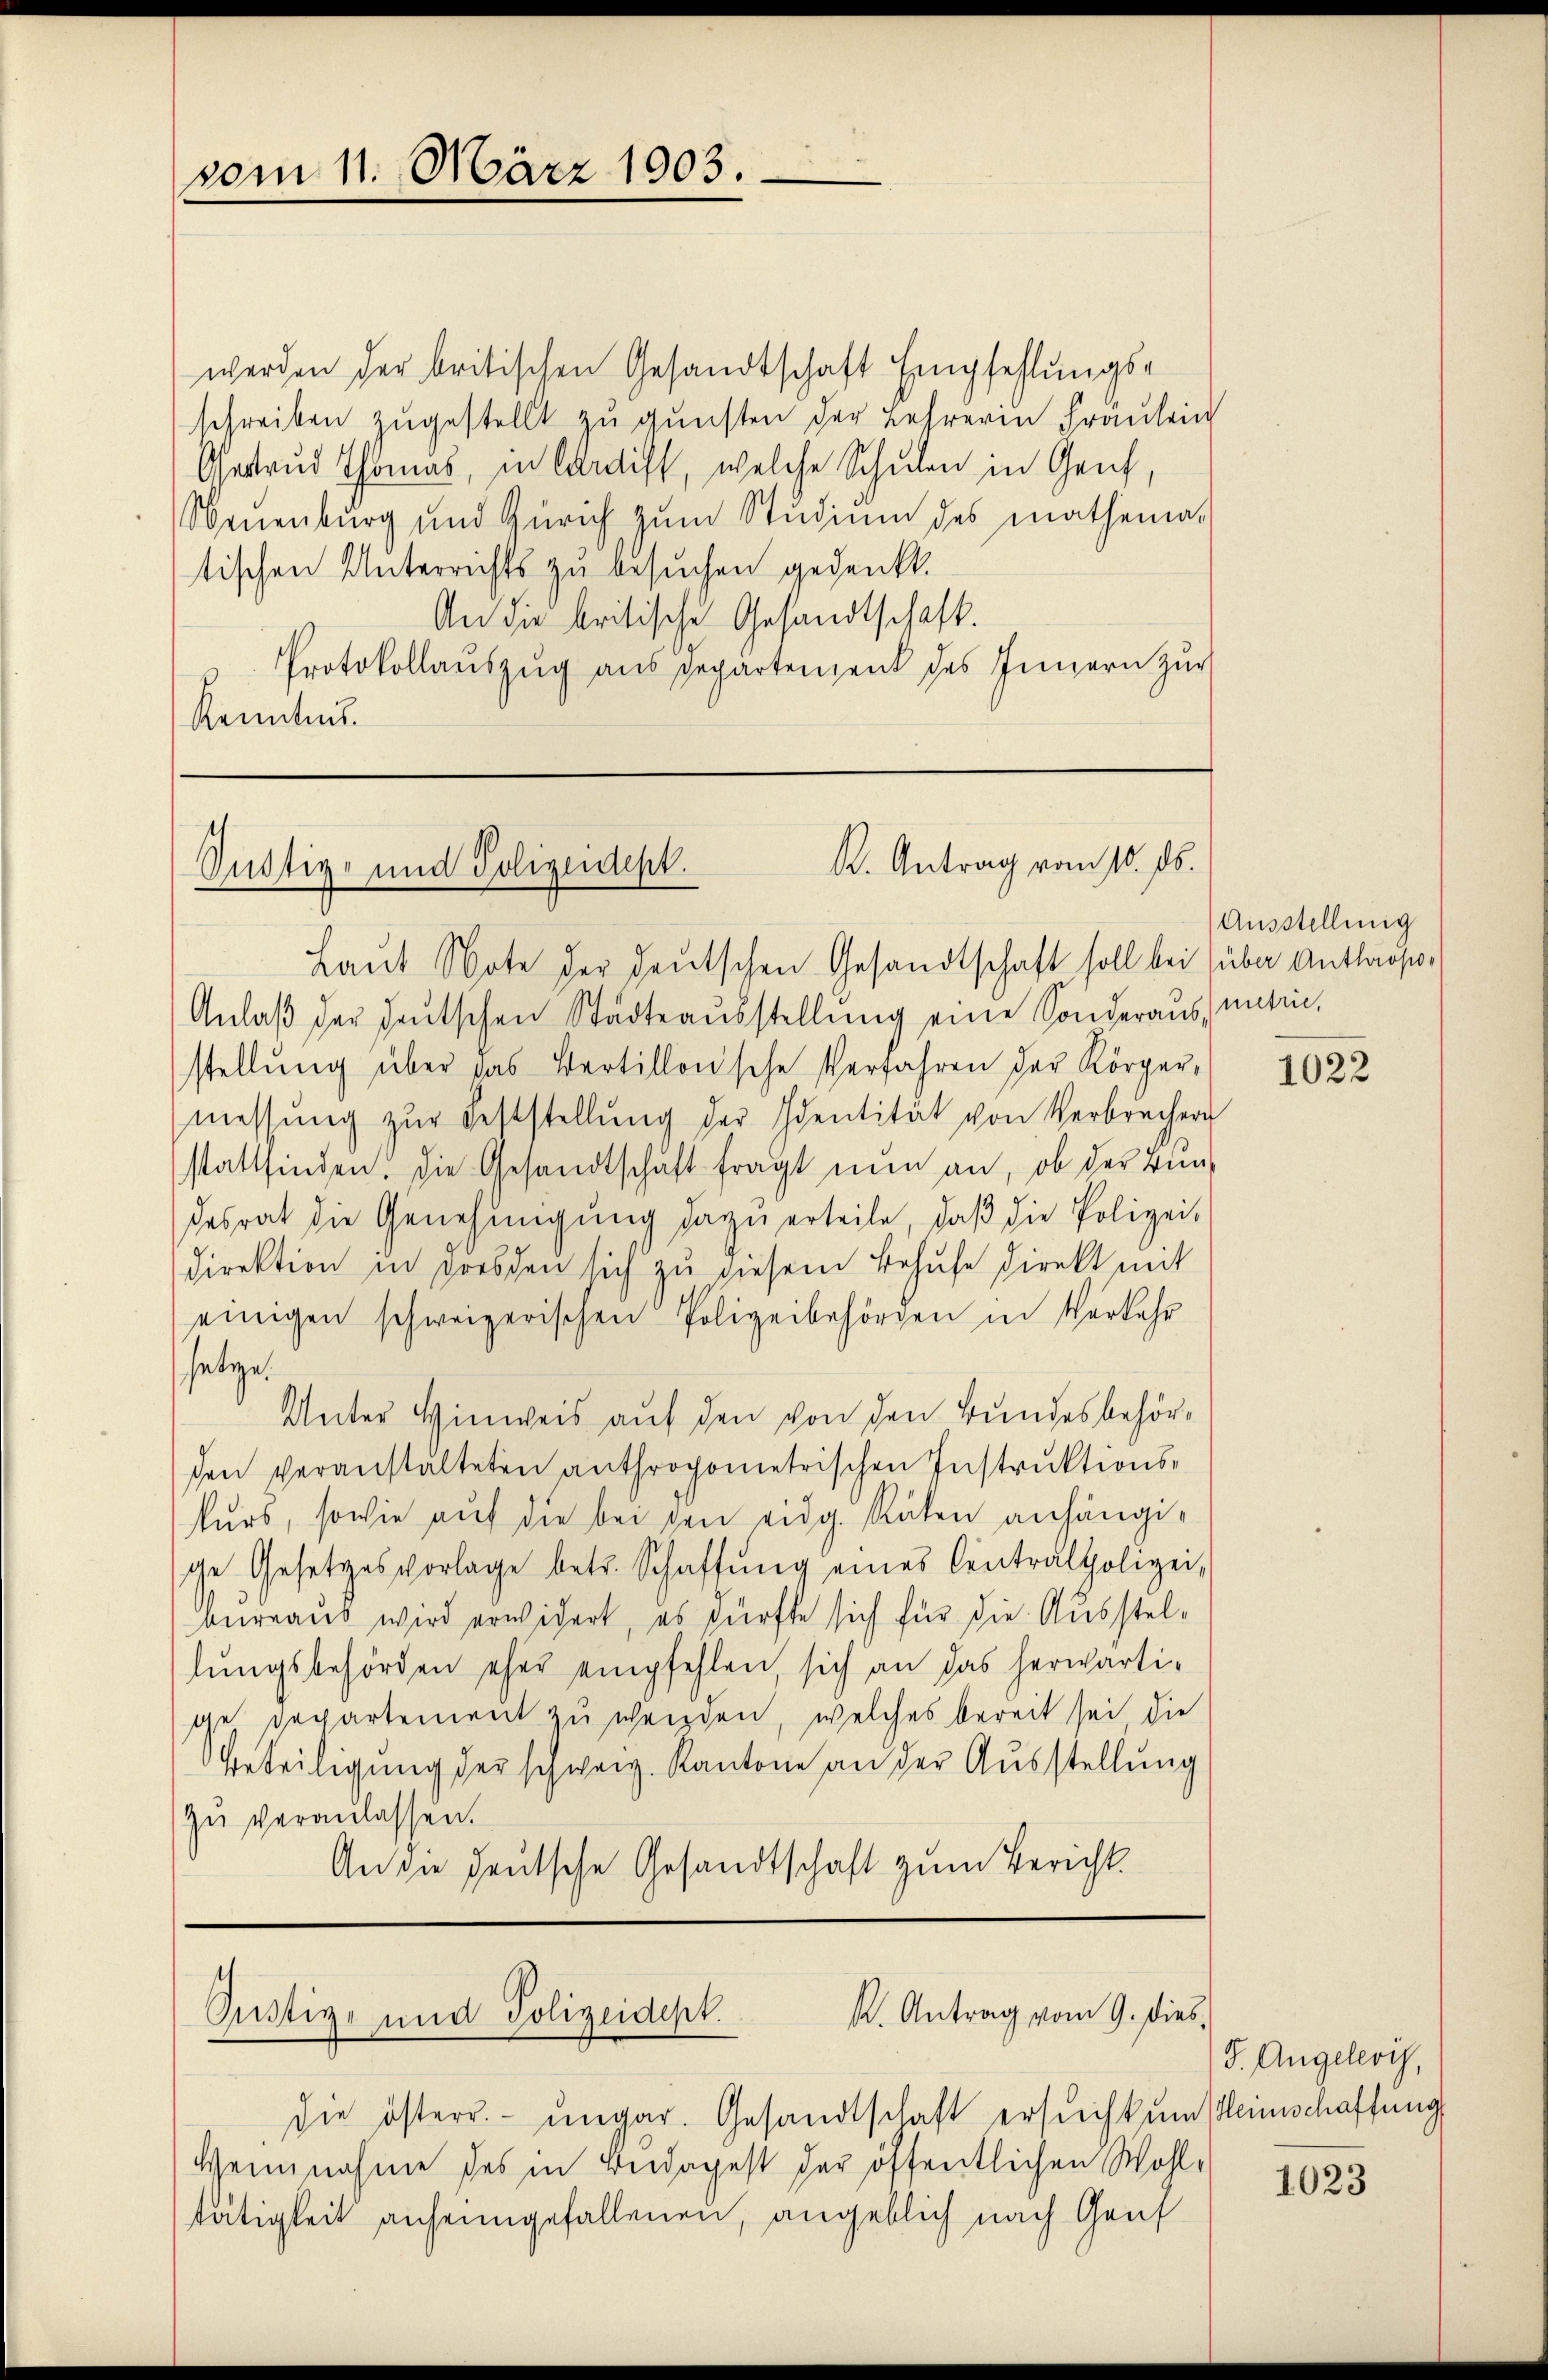
vom 11. März 1903.

werden der britischen Gesandtschaft Empfehlungsschreiben zugestellt zu gunsten der Lehrerin Fräulein
Gertrud Thomas, in Candist, welche Schulen in Genf,
Neuenburg und Zürich zum Studium des mathemat
tischen Unterrichts zu besuchen gedenkt.
An die britische Gesandtschaft.
Protokollaŭszŭg aŭs departement des Innern zur
Kenntnis.

R. Antrag vom 10. ds.
Süstig- und Polizeidept.

Anlaβ der heŭtschen Städteaŭsstellŭng eine Sonderaus, entin,
stellŭng über das Bertillonsche Verfahren der Körper-
messŭng zŭr Feststellŭng der Identität von Verbrechen
stattfinden. Die Gesandtschaft fragt nun an, ob der Bindesrat die Genehmigung dazu erteile, daß die Polizei-
Direktion in grossen sich zu diesem Behufe direkt mit
einigen schweizerischen Polizeibehörden in Verkehr
setze.
Unter Hinweis auf den von den Bundesbehörden veranstalteten anthropometrischen Instruktionskurs, sowie auf die bei den eidg. Räten anhängige Gesetzesvorlage betr. Schaffŭng eines Centralpolizei,
bureaus wird erwidert, es dürfte sich für die Ausstellungsbehörden eher empfehlen, sich an das herwärtige Departement zu werden, welches bereit sei die
Beteiligung der schweiz. Kantone an der Ausstellung
zŭ veranlassen.
An die heutsche Gesandtschaft zum Bericht.

Laŭt Note der deutschen Gesandtschaft soll bei über Antlos¬

K. Antrag vom 9. dies
Pustiz- und Polizeidept.

die österr. ungar. Gesandtschaft ersucht um seinschaffung
Weinnahme des in Bedapest der öffentlichen Wohltätigkeit anheimgefallenen, angeblich nach Genf

Ausstellung

1022

J. Angeleris,

1023